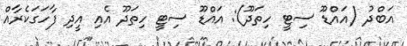
އަބްދު (އައްޑޫ ސިޓީ ހިތަދޫ): އައްޑޫ ސިޓީ ހިތަދޫ އެއި އީދި ފާހަގަކެރާއް